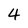
Character: 4